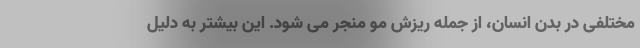
مختلفی در بدن انسان، از جمله ریزش مو منجر می شود. این بیشتر به دلیل